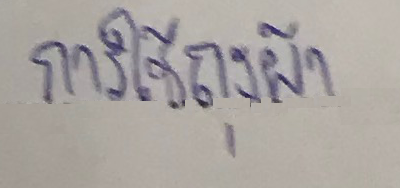
การใช้ถุงผ้า